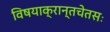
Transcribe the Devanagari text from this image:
विषयाक्रान्तचेतसः